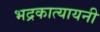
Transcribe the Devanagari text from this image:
भद्रकात्यायनी